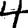
Digit: 4